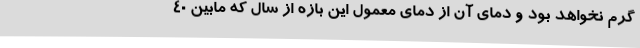
گرم نخواهد بود و دمای آن از دمای معمول این بازه از سال که مابین 40